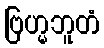
ဗြဟ္မဘူတံ